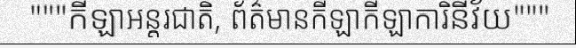
"""កីឡាអន្តរជាតិ, ព័ត៌មានកីឡាកីឡាការិនីវ័យ"""